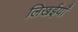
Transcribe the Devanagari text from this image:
लिखईयाँ